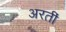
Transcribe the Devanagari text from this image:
अरतीं